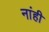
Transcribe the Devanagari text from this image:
नांही